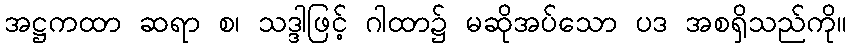
အဋ္ဌကထာ ဆရာ စ၊ သဒ္ဒါဖြင့် ဂါထာ၌ မဆိုအပ်သော ပဒ အစရှိသည်ကို။